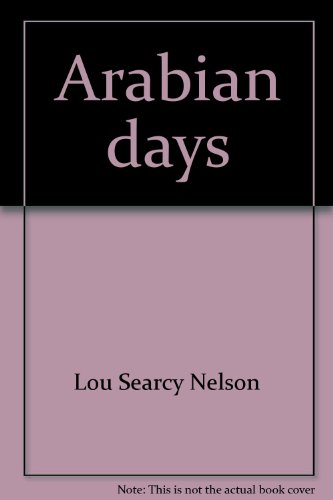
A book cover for Arabian days; Lou Searcy Nelson; Travel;